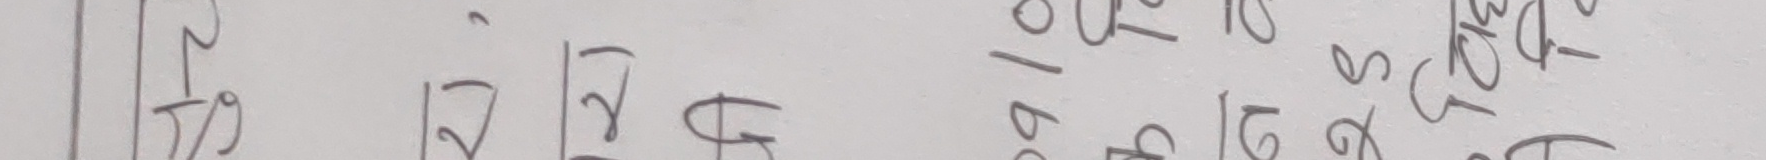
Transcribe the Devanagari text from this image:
/ १९ | १२२ / ५ | ७० १६ ८ ए स क ११ द
७५ १६ २५ अ ११ घ